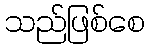
သည်ဖြစ်စေ